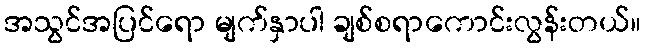
အသွင်အပြင်ရော မျက်နှာပါ ချစ်စရာကောင်းလွန်းတယ်။